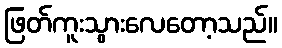
ဖြတ်ကူးသွားလေတော့သည်။